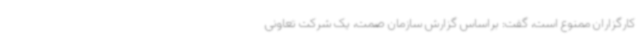
کارگزاران ممنوع است، گفت: براساس گزارش سازمان صمت، یک شرکت تعاونی